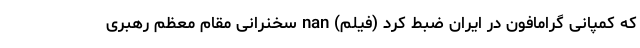
که کمپانی گرامافون در ایران ضبط کرد (فیلم) nan سخنرانی مقام معظم رهبری